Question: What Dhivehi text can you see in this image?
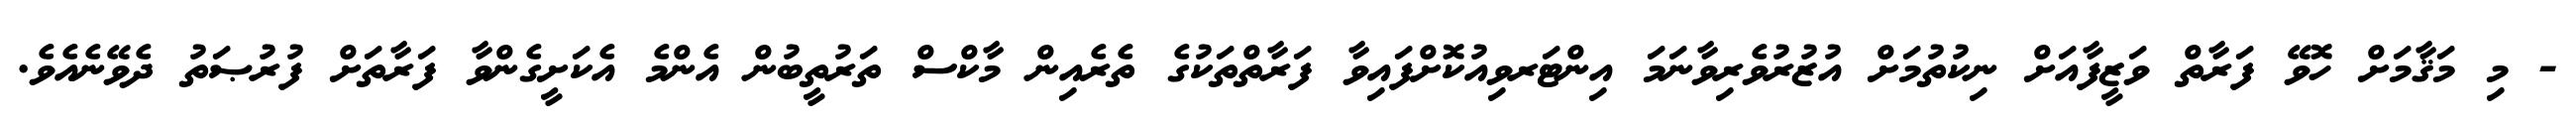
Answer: - މި މަޤާމަށް ހޮވޭ ފަރާތް ވަޒީފާއަށް ނިކުތުމަށް އުޒުރުވެރިވާނަމަ އިންޓަރވިއުކޮށްފައިވާ ފަރާތްތަކުގެ ތެރެއިން މާކްސް ތަރުތީބުން އެންމެ އެކަށީގެންވާ ފަރާތަށް ފުރުޞަތު ދެވޭނެއެވެ.